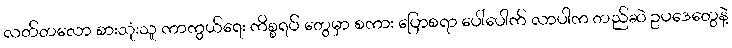
လတ်တလော စားသုံးသူ ကာကွယ်ရေး ကိစ္စရပ် တွေမှာ စကား ပြောစရာ ပေါ်ပေါက် လာပါက တည်ဆဲ ဥပဒေတွေနဲ့